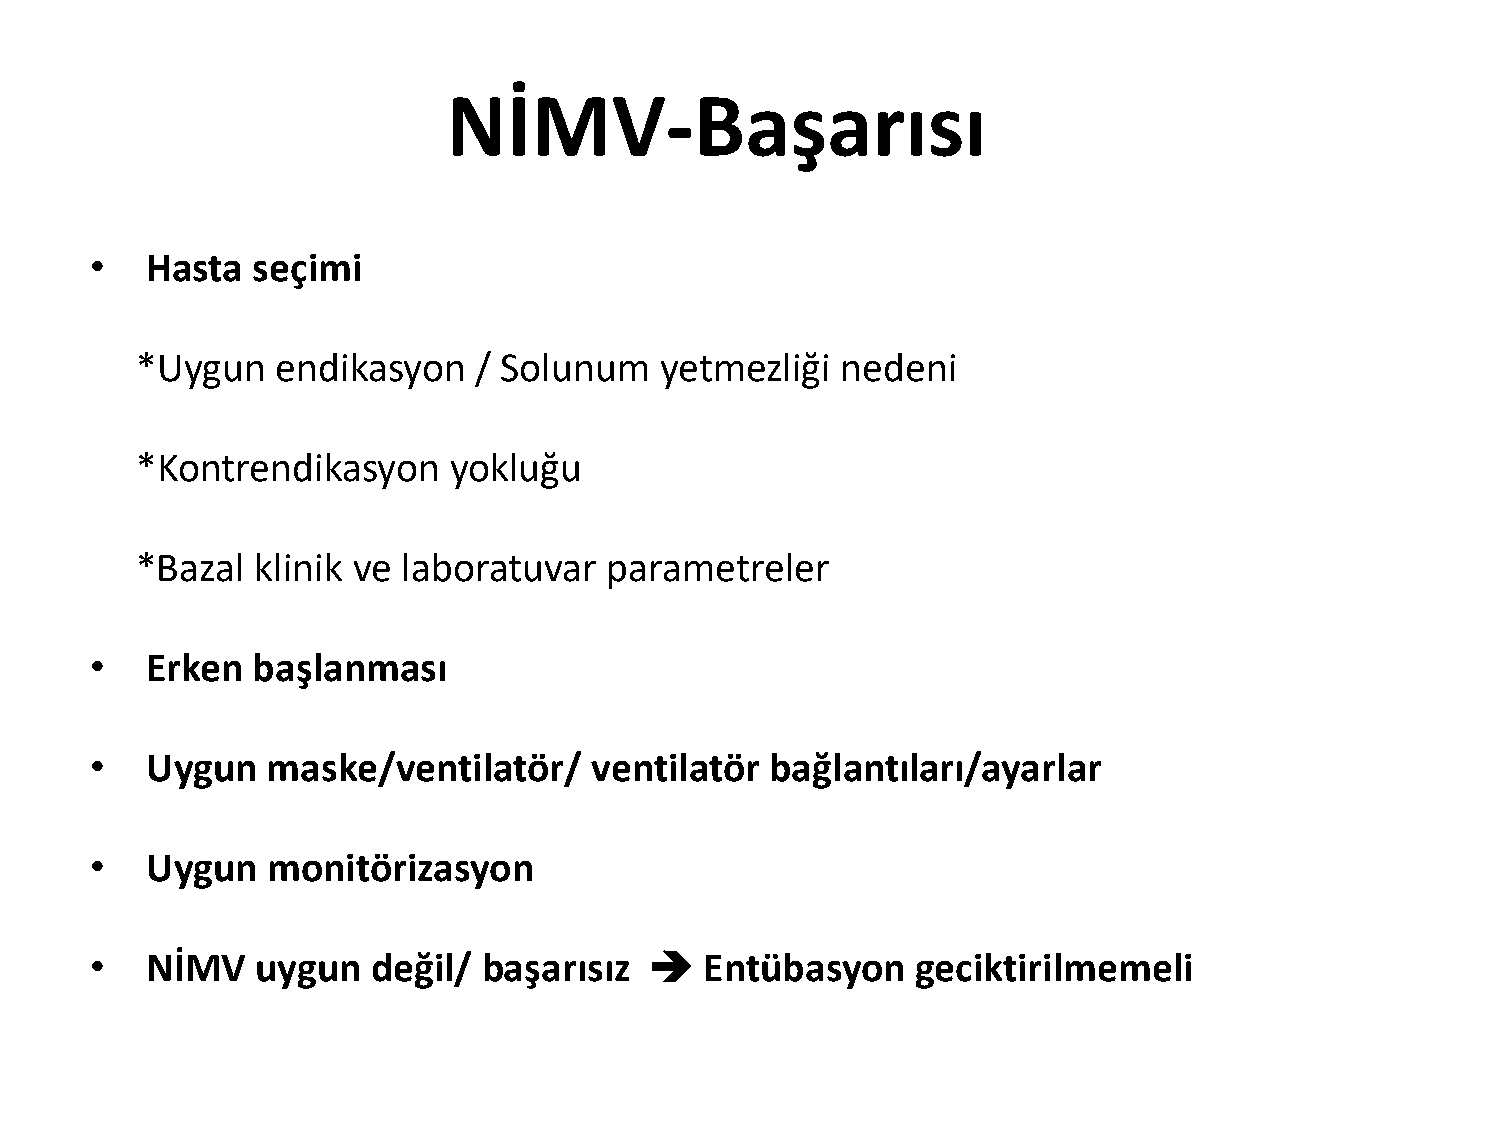
NİMV-Başarısı
 •   Hasta  seçimi
 *Uygun   endikasyon   / Solunum    yetmezliği  nedeni
 *Kontrendikasyon     yokluğu
 *Bazal  klinik ve laboratuvar  parametreler
 •   Erken  başlanması
 •   Uygun   maske/ventilatör/    ventilatör  bağlantıları/ayarlar
 •   Uygun   monitörizasyon
 •   NİMV   uygun   değil/ başarısız     Entübasyon    geciktirilmemeli